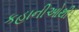
કહાનીઓથી